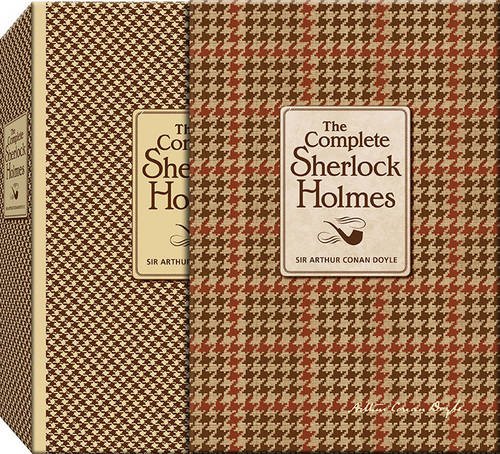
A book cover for The Complete Sherlock Holmes (Knickerbocker Classics); Arthur Conan Doyle; Mystery, Thriller & Suspense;